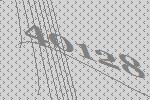
40128